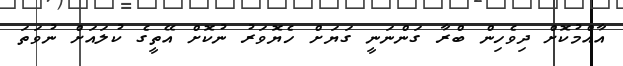
އާއްމުކޮށް ދިވެހިން ބްރާ ގަންނަނީ ގަޔަށް ހެޔޮވަރު ނުކޮށް އޭތީގެ ކުލައަށް ނުވަތަ